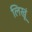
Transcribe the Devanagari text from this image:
लिखूं